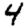
Digit: 4